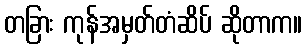
တခြား ကုန်အမှတ်တံဆိပ် ဆိုတာက။